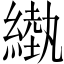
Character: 𦄌